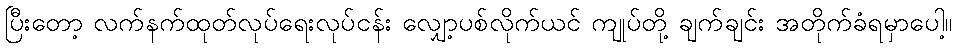
ပြီးတော့ လက်နက်ထုတ်လုပ်ရေးလုပ်ငန်း လျှော့ပစ်လိုက်ယင် ကျုပ်တို့ ချက်ချင်း အတိုက်ခံရမှာပေါ့။